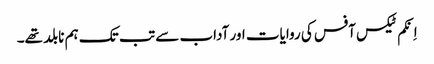
اِنکم ٹیکس آفس کی روایات اور آداب سے تب تک ہم نابلد تھے۔